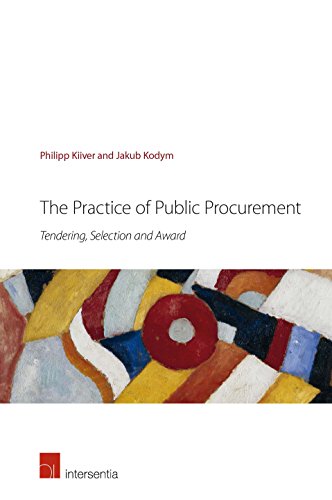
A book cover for The Practice of Public Procurement: Tendering, Selection and Award; Philipp Kiiver; Law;